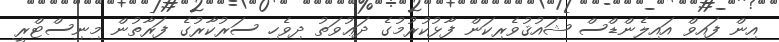
އިން ފައިވް އައިލެންޑްސް ޝައުޤުވެރިކަން ފާޅުކުރުމުގެ ދަޢުވަތު ދިވެހި ސަރުކާރުގެ ފަރާތުން މިނިސްޓްރީ